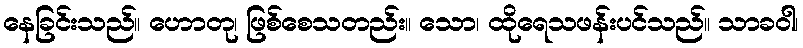
နေခြင်းသည်။ ဟောတု၊ ဖြစ်စေသတည်း။ သော၊ ထိုရေသဖန်းပင်သည်။ သာခဝါ၊